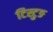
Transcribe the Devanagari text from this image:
टिस्टुङ